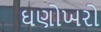
ઘણોખરો